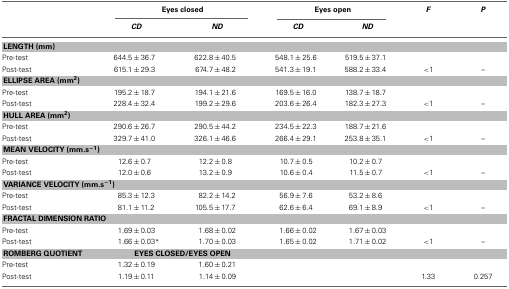
<table><thead><tr><td></td><td colspan="2"><b>Eyes closed</b></td><td colspan="2"><b>Eyes open</b></td><td><b><i>F</i></b></td><td><b><i>P</i></b></td></tr><tr><td></td><td><b><i>CD</i></b></td><td><b><i>ND</i></b></td><td><b><i>CD</i></b></td><td><b><i>ND</i></b></td><td></td><td></td></tr></thead><tbody><tr><td colspan="7"><b>LENGTH (mm)</b></td></tr><tr><td>Pre-test</td><td>644.5±36.7</td><td>622.8±40.5</td><td>548.1±25.6</td><td>519.5±37.1</td><td></td><td></td></tr><tr><td>Post-test</td><td>615.1±29.3</td><td>674.7±48.2</td><td>541.3±19.1</td><td>588.2±33.4</td><td>&lt;1</td><td>–</td></tr><tr><td colspan="7"><b>ELLIPSE AREA (mm<sup>2</sup></b>)</td></tr><tr><td>Pre-test</td><td>195.2±18.7</td><td>194.1±21.6</td><td>169.5±16.0</td><td>138.7±18.7</td><td></td><td></td></tr><tr><td>Post-test</td><td>228.4±32.4</td><td>199.2±29.6</td><td>203.6±26.4</td><td>182.3±27.3</td><td>&lt;1</td><td>–</td></tr><tr><td colspan="7"><b>HULL AREA (mm<sup>2</sup></b>)</td></tr><tr><td>Pre-test</td><td>290.6±26.7</td><td>290.5±44.2</td><td>234.5±22.3</td><td>188.7±21.6</td><td></td><td></td></tr><tr><td>Post-test</td><td>329.7±41.0</td><td>326.1±46.6</td><td>266.4±29.1</td><td>253.8±35.1</td><td>&lt;1</td><td>–</td></tr><tr><td colspan="7"><b>MEAN VELOCITY (mm.s<sup>−1</sup></b>)</td></tr><tr><td>Pre-test</td><td>12.6±0.7</td><td>12.2±0.8</td><td>10.7±0.5</td><td>10.2±0.7</td><td></td><td></td></tr><tr><td>Post-test</td><td>12.0±0.6</td><td>13.2±0.9</td><td>10.6±0.4</td><td>11.5±0.7</td><td>&lt;1</td><td>–</td></tr><tr><td colspan="7"><b>VARIANCE VELOCITY (mm.s<sup>−1</sup></b>)</td></tr><tr><td>Pre-test</td><td>85.3±12.3</td><td>82.2±14.2</td><td>56.9±7.6</td><td>53.2±8.6</td><td></td><td></td></tr><tr><td>Post-test</td><td>81.1±11.2</td><td>105.5±17.7</td><td>62.6±6.4</td><td>69.1±8.9</td><td>&lt;1</td><td>–</td></tr><tr><td colspan="7"><b>FRACTAL DIMENSION RATIO</b></td></tr><tr><td>Pre-test</td><td>1.69±0.03</td><td>1.68±0.02</td><td>1.66±0.02</td><td>1.67±0.03</td><td></td><td></td></tr><tr><td>Post-test</td><td>1.66±0.03*</td><td>1.70±0.03</td><td>1.65±0.02</td><td>1.71±0.02</td><td>&lt;1</td><td>–</td></tr><tr><td><b>ROMBERG QUOTIENT</b></td><td colspan="2"><b>EYES CLOSED/EYES OPEN</b></td><td></td><td></td><td></td><td></td></tr><tr><td>Pre-test</td><td>1.32±0.19</td><td>1.60±0.21</td><td></td><td></td><td></td><td></td></tr><tr><td>Post-test</td><td>1.19±0.11</td><td>1.14±0.09</td><td></td><td></td><td>1.33</td><td>0.257</td></tr></tbody></table>